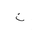
Letter: _non